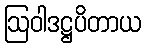
ဩဝါဒဋ္ဌပိတာယ